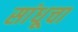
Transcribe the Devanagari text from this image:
सांधूचा